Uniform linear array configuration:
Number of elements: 48
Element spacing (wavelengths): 1
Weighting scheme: blackman
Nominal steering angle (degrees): -15
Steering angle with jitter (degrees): -13.661
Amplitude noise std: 0.05
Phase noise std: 0.05

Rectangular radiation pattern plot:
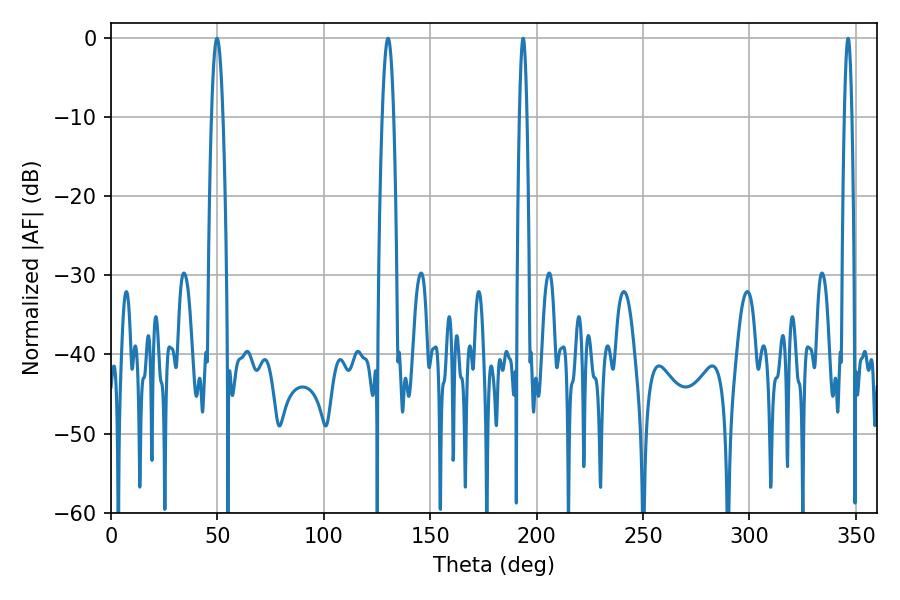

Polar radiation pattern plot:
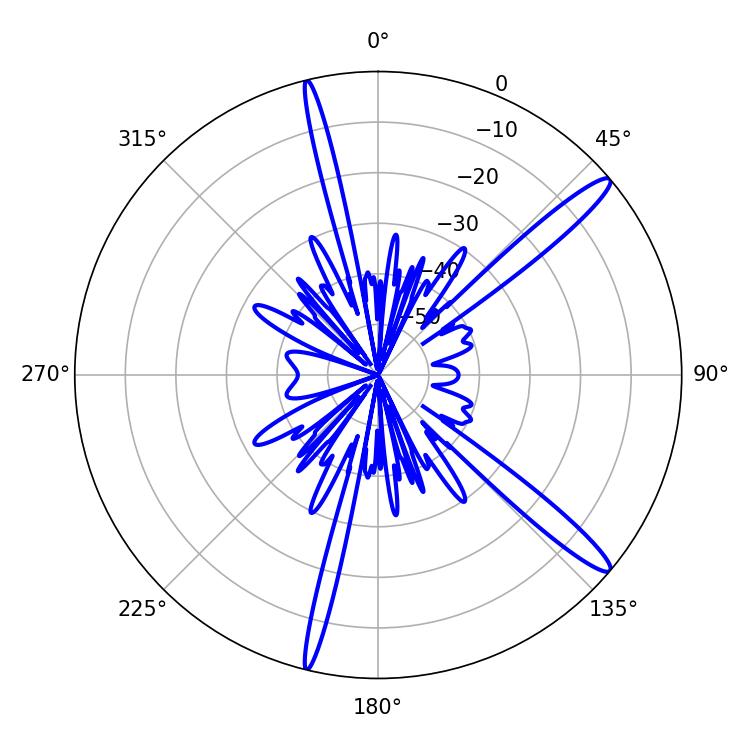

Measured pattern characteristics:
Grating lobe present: TRUE
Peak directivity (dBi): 14.661
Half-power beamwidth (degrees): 1.8
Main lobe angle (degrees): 346.32